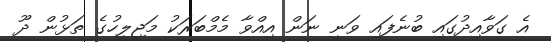
އެ ގަވާއިދުގައި ބުނެފައި ވަނީ ނަން އިއްވާ މެމްބަރަކު މަޖިލީހުގެ ތަޅުން ދޫ